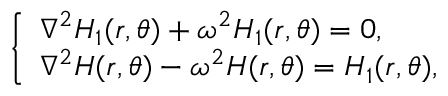
\left\{ \begin{array} { l l } { \nabla ^ { 2 } H _ { 1 } ( r , \theta ) + \omega ^ { 2 } H _ { 1 } ( r , \theta ) = 0 , } \\ { \nabla ^ { 2 } H ( r , \theta ) - \omega ^ { 2 } H ( r , \theta ) = H _ { 1 } ( r , \theta ) , } \end{array} \right.